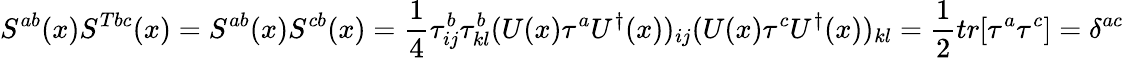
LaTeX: S^{ab}(x)S^{Tbc}(x)=S^{ab}(x)S^{cb}(x)=\frac{1}{4}\tau_{ij}^{b}\tau_{kl}^{b}(U(x)\tau^{a}U^{\dagger}(x))_{ij}(U(x)\tau^{c}U^{\dagger}(x))_{kl}=\frac{1}{2}tr[\tau^{a}\tau^{c}]=\delta^{ac}